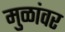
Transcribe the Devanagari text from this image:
मुळांवर